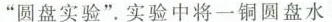
”圆盘实验”实验中将一铜圆盘水